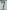
Text: 7